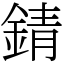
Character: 錆